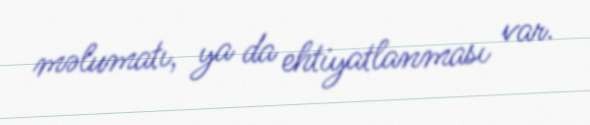
məlumatı, ya da ehtiyatlanması var.